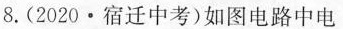
8.(2020·宿迁中考)如图电路中电